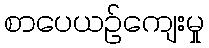
စာပေယဉ်ကျေးမှု